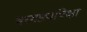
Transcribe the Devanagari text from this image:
बरगड्यांपेक्षा